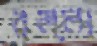
বল্লা